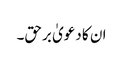
ان کا دعویٰ برحق۔